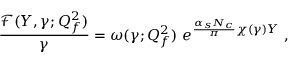
\frac { { \mathcal F } ( Y , \gamma ; Q _ { f } ^ { 2 } ) } { \gamma } = \omega ( \gamma ; Q _ { f } ^ { 2 } ) \ e ^ { \frac { \alpha _ { s } N _ { c } } { \pi } \chi ( \gamma ) Y } \ ,